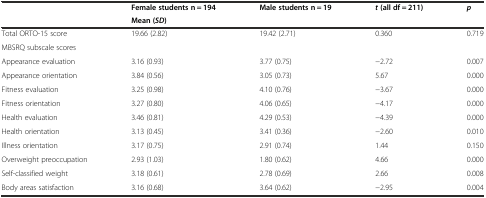
<table><thead><tr><td rowspan="2"></td><td><b>Female students n = 194</b></td><td><b>Male students n = 19</b></td><td><b><i>t</i>(all df = 211)</b></td><td><b><i>p</i></b></td></tr><tr><td colspan="2"><b>Mean (<i>SD</i>)</b></td><td colspan="2"></td></tr></thead><tbody><tr><td>Total ORTO-15 score</td><td>19.66 (2.82)</td><td>19.42 (2.71)</td><td>0.360</td><td>0.719</td></tr><tr><td>MBSRQ subscale scores</td><td colspan="4"></td></tr><tr><td>Appearance evaluation</td><td>3.16 (0.93)</td><td>3.77 (0.75)</td><td>−2.72</td><td>0.007</td></tr><tr><td>Appearance orientation</td><td>3.84 (0.56)</td><td>3.05 (0.73)</td><td>5.67</td><td>0.000</td></tr><tr><td>Fitness evaluation</td><td>3.25 (0.98)</td><td>4.10 (0.76)</td><td>−3.67</td><td>0.000</td></tr><tr><td>Fitness orientation</td><td>3.27 (0.80)</td><td>4.06 (0.65)</td><td>−4.17</td><td>0.000</td></tr><tr><td>Health evaluation</td><td>3.46 (0.81)</td><td>4.29 (0.53)</td><td>−4.39</td><td>0.000</td></tr><tr><td>Health orientation</td><td>3.13 (0.45)</td><td>3.41 (0.36)</td><td>−2.60</td><td>0.010</td></tr><tr><td>Illness orientation</td><td>3.17 (0.75)</td><td>2.91 (0.74)</td><td>1.44</td><td>0.150</td></tr><tr><td>Overweight preoccupation</td><td>2.93 (1.03)</td><td>1.80 (0.62)</td><td>4.66</td><td>0.000</td></tr><tr><td>Self-classified weight</td><td>3.18 (0.61)</td><td>2.78 (0.69)</td><td>2.66</td><td>0.008</td></tr><tr><td>Body areas satisfaction</td><td>3.16 (0.68)</td><td>3.64 (0.62)</td><td>−2.95</td><td>0.004</td></tr></tbody></table>